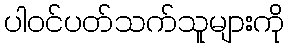
ပါဝင်ပတ်သက်သူများကို